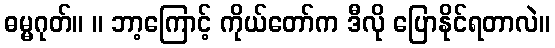
ဓမ္မဂုတ်။ ။ ဘာ့ကြောင့် ကိုယ်တော်က ဒီလို ပြောနိုင်ရတာလဲ။